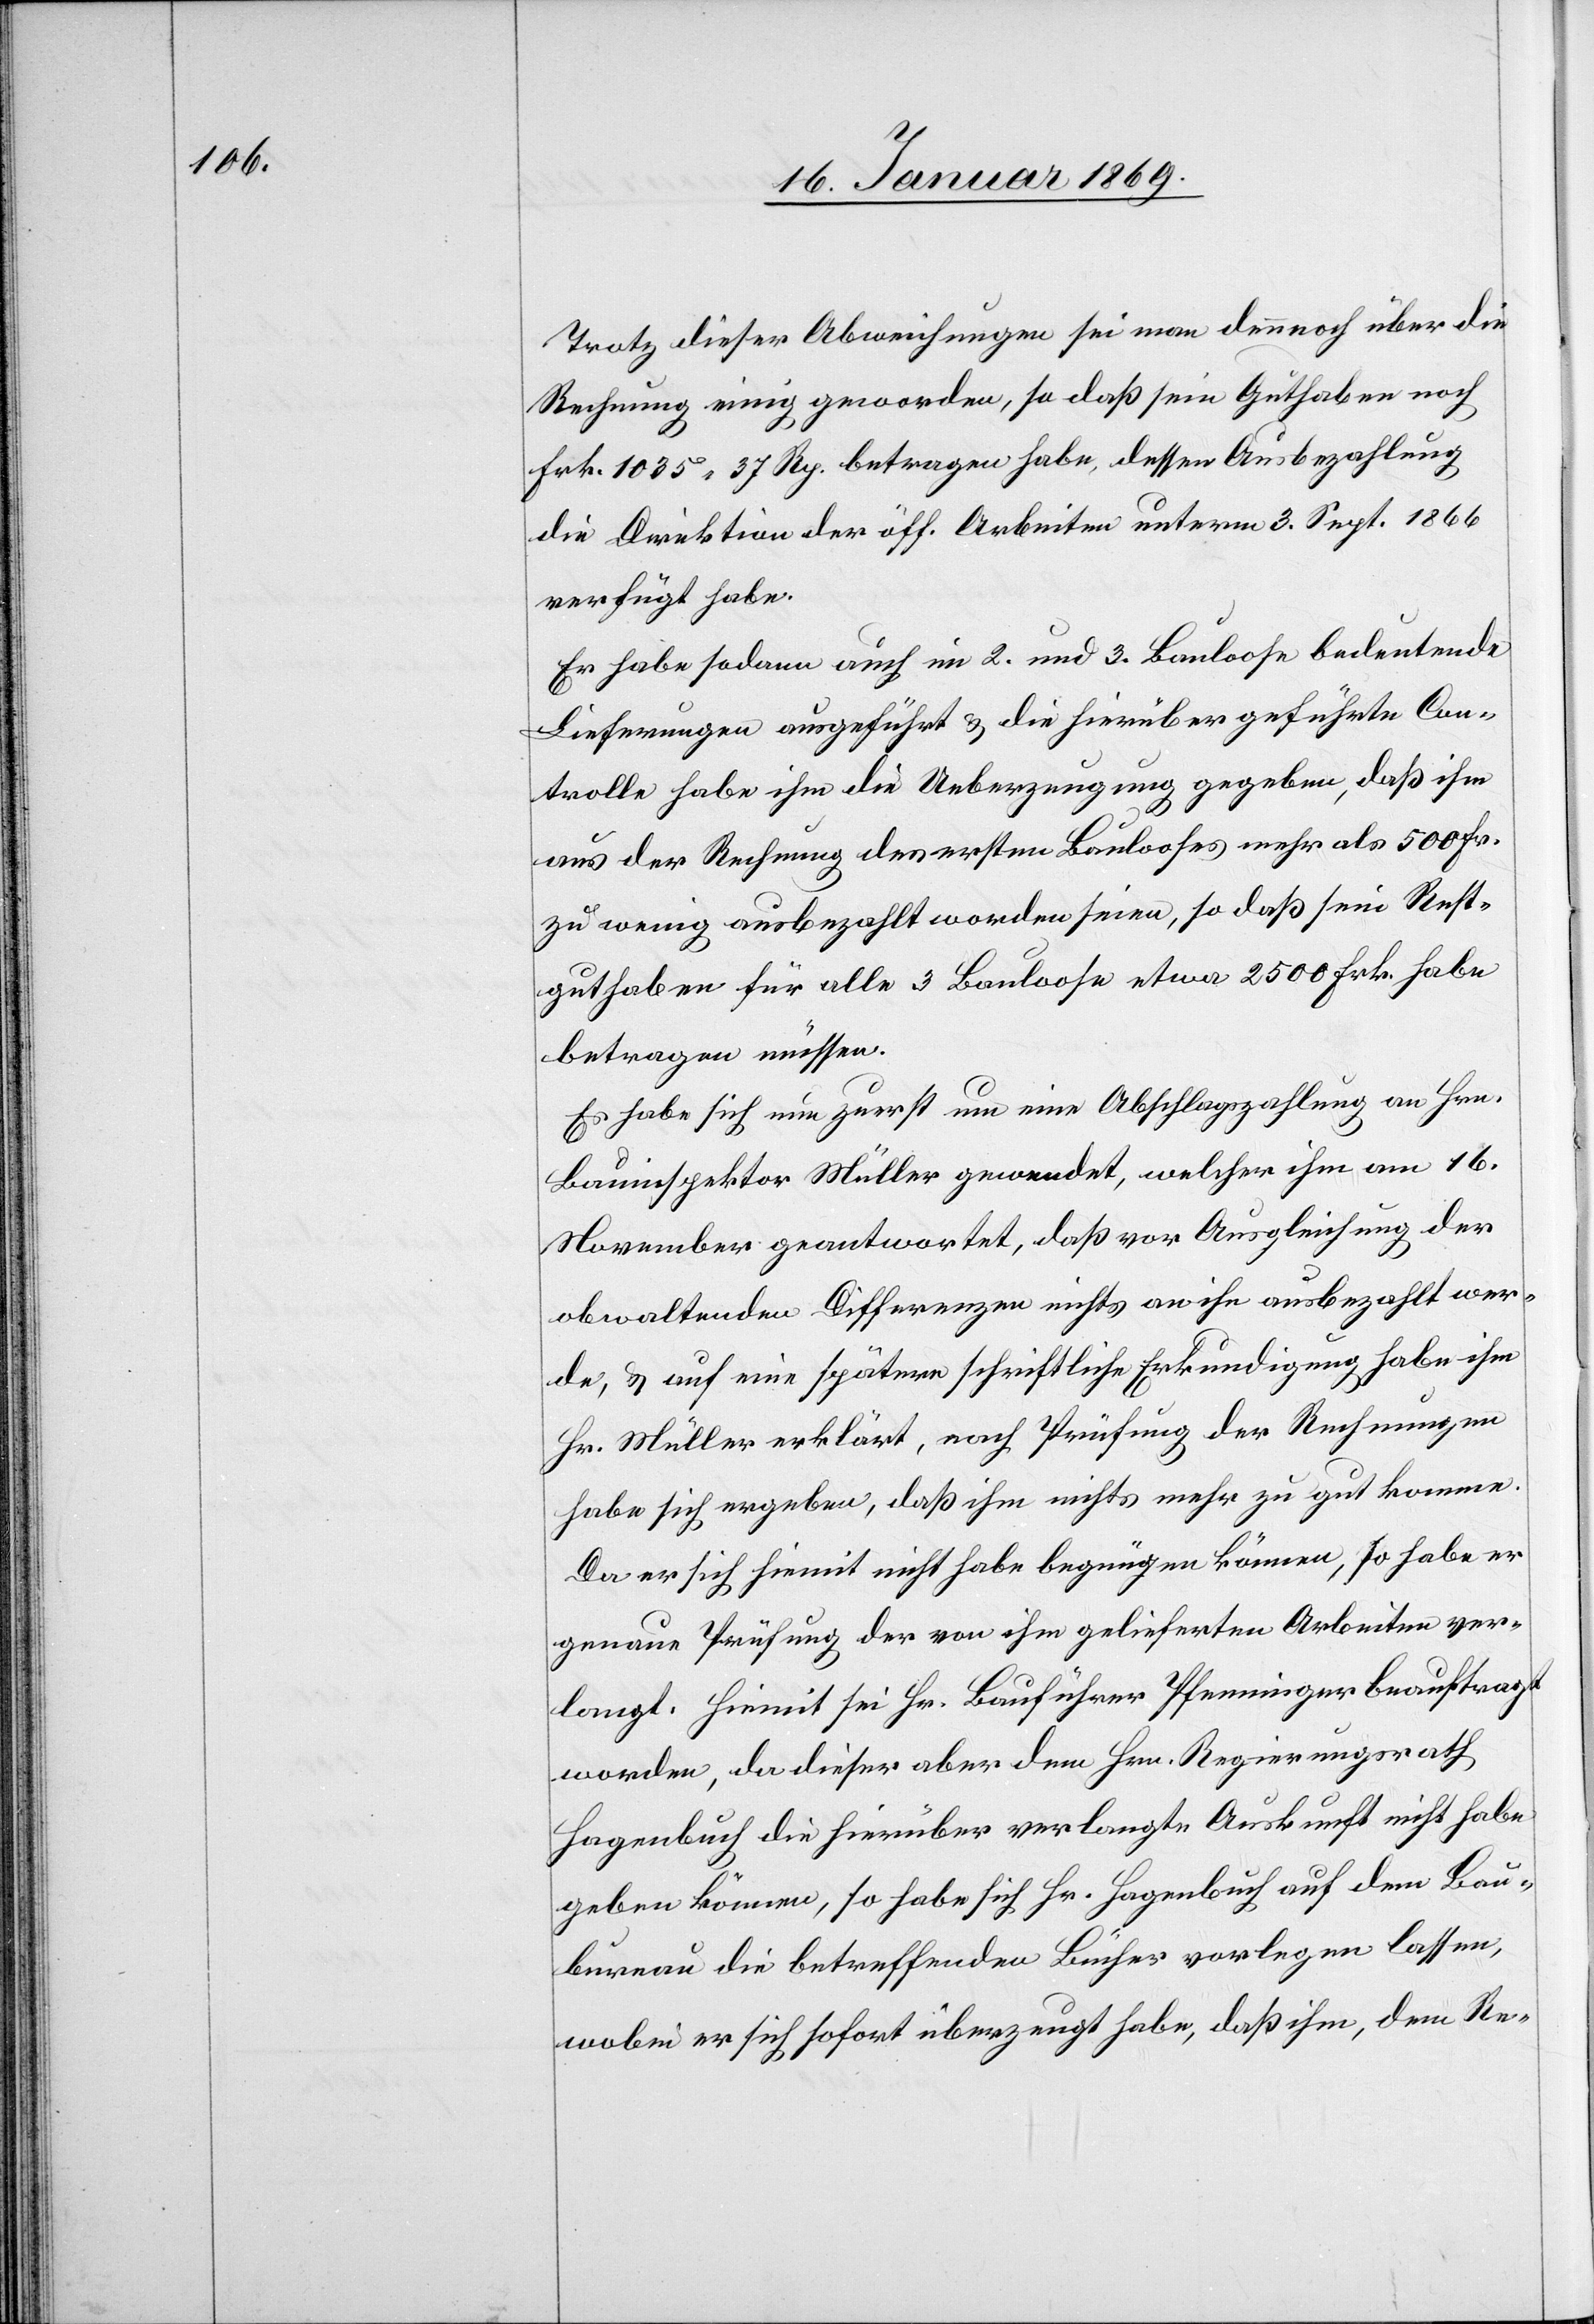
Trotz dieser Abweichungen sei man dennoch über die
Rechnung einig geworden, so daß sein Guthaben noch
Frk. 1035.37 Rp. betragen habe, dessen Ausbezahlung
die Direktion der öff. Arbeiten unterm 3. Sept. 1866
verfügt habe.
Er habe sodann auch im 2. und 3. Bauloose bedeutende
Lieferungen ausgeführt u. die hierüber geführte Con¬
trolle habe ihm die Ueberzeugung gegeben, daß ihm
aus der Rechnung des ersten Baulooses mehr als 500 Fr.
zu wenig ausbezahlt worden seien, so daß sein Recht¬
guthaben für alle 3 Bauloose etwa 2500 Frk. habe
betragen müssen.
Es habe sich nun zuerst um eine Abschlagszahlung an Hrn.
Bauinspektor Müller gewendet, welcher ihm am 16.
November geantwortet, daß vor Ausgleichung der
obwaltenden Differenzen nichts an ihn ausbezahlt wer¬
de, u. auf eine spätere schriftliche Erkundigung habe ihm
Hr. Müller erklärt, nach Prüfung der Rechnungen
habe sich ergeben, daß ihm nichts mehr zu gut komme.
Da er sich hiemit nicht habe begnügen können, so habe er
genaue Prüfung der von ihm gelieferten Arbeiten ver¬
langt. Hiemit sei Hr. Bauführer Pfenninger beauftragt
worden, da dieser aber dem Hrn. Regierungsrath
Hagenbuch die hierüber verlangte Auskunft nicht habe
geben können, so habe sich Hr. Hagenbuch auf dem Bau¬
bureau die betreffenden Bücher vorlegen lassen,
wobei er sich sofort überzeugt habe, daß ihm, dem Re-